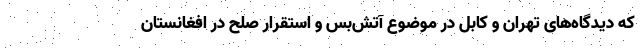
که دیدگاه‌های تهران و کابل در موضوع آتش‌بس و استقرار صلح در افغانستان